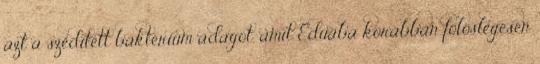
azt a szédített baktérium adagot, amit Eduába korábban fölöslegesen